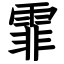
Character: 霏